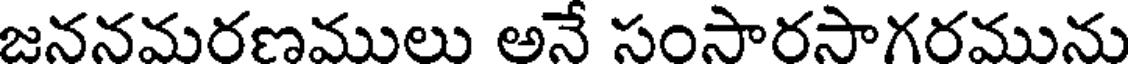
జననమరణములు అనే సంసారసాగరమును